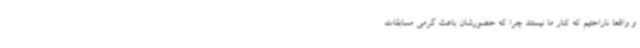
و واقعا ناراحتیم که کنار ما نیستند چرا که حضورشان باعث گرمی مسابقات